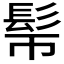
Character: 𩫿